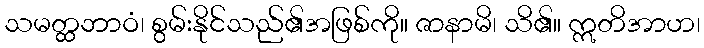
သမတ္ထဘာဝံ၊ စွမ်းနိုင်သည်၏အဖြစ်ကို။ ဇာနာမိ၊ သိ၏။ ဣတိအာဟ၊